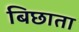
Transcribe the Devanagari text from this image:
बिछाता